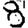
Digit: 8